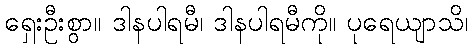
ရှေးဦးစွာ။ ဒါနပါရမီ၊ ဒါနပါရမီကို။ ပုရေယျာသိ၊